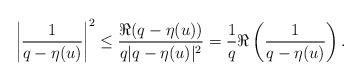
LaTeX: \begin{align*}\left|\frac{1}{q-\eta(u)}\right|^2&\leq \frac{\Re(q-\eta(u))}{q|q-\eta(u)|^2}=\frac{1}{q}\Re\left(\frac{1}{q-\eta(u)}\right).\end{align*}